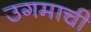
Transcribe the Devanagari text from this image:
उगमाची